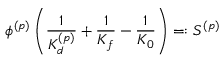
\phi ^ { ( p ) } \left( \frac { 1 } { K _ { d } ^ { ( p ) } } + \frac { 1 } { K _ { f } } - \frac { 1 } { K _ { 0 } } \right) = : S ^ { ( p ) }